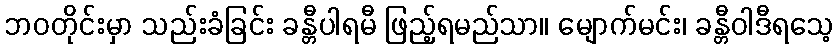
ဘဝတိုင်းမှာ သည်းခံခြင်း ခန္တီပါရမီ ဖြည့်ရမည်သာ။ မျောက်မင်း၊ ခန္တီဝါဒီရသေ့